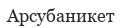
Арсубаникет